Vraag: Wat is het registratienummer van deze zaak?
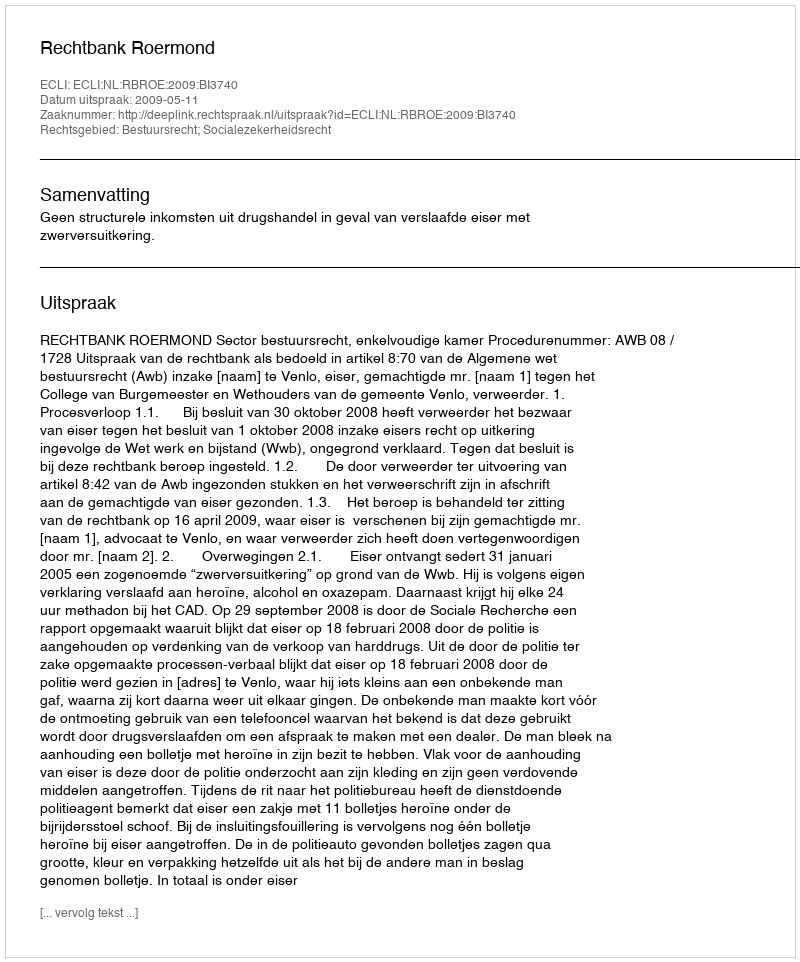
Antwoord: http://deeplink.rechtspraak.nl/uitspraak?id=ECLI:NL:RBROE:2009:BI3740